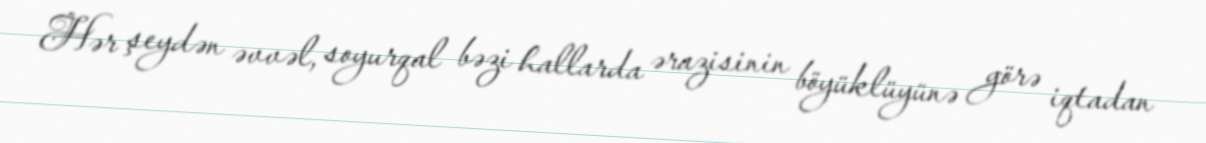
Hər şeydən əvvəl, soyurqal bəzi hallarda ərazisinin böyüklüyünə görə iqtadan